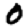
Digit: 0